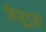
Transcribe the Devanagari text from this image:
हिजुगुड़ी